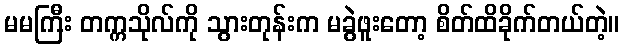
မမကြီး တက္ကသိုလ်ကို သွားတုန်းက မခွဲဖူးတော့ စိတ်ထိခိုက်တယ်တဲ့။